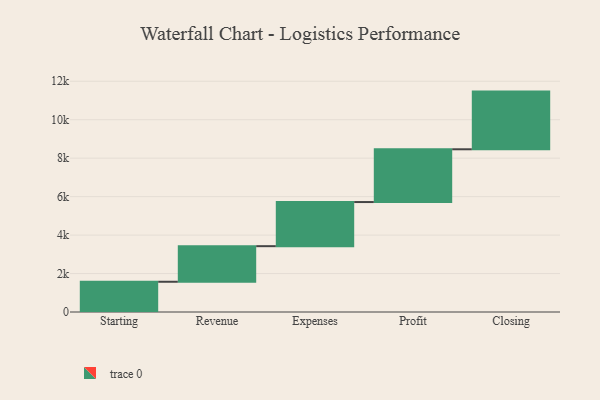
{"axis": {"x": "Step", "y": "Value"}, "legend": [""], "data": [{"x": "Starting", "y": 1573.0, "type": ""}, {"x": "Revenue", "y": 1851.0, "type": ""}, {"x": "Expenses", "y": 2295.0, "type": ""}, {"x": "Profit", "y": 2744.0, "type": ""}, {"x": "Closing", "y": 3000, "type": ""}]}